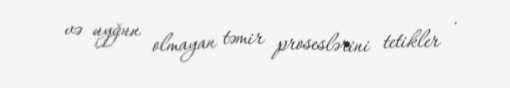
və uyğun olmayan təmir proseslərini tetikler .